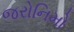
જરોનિમો